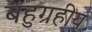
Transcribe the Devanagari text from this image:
बहुग्रहीय